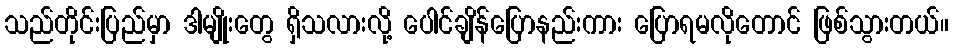
သည်တိုင်းပြည်မှာ ဒါမျိုးတွေ ရှိသလားလို့ ပေါင်ချိန်ပြောနည်းကား ပြောရမလိုတောင် ဖြစ်သွားတယ်။